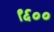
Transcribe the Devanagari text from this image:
९६००